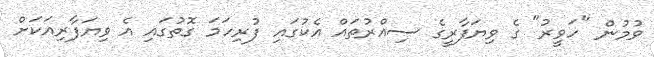
ވުމުން "ހަވީރު" ގެ ވިޔަފާރީގެ ސިއްރުތައް އެކުގައި ފުރިހަމަ ގޮތުގައި އެ ވިޔަފާރިއަކަށް